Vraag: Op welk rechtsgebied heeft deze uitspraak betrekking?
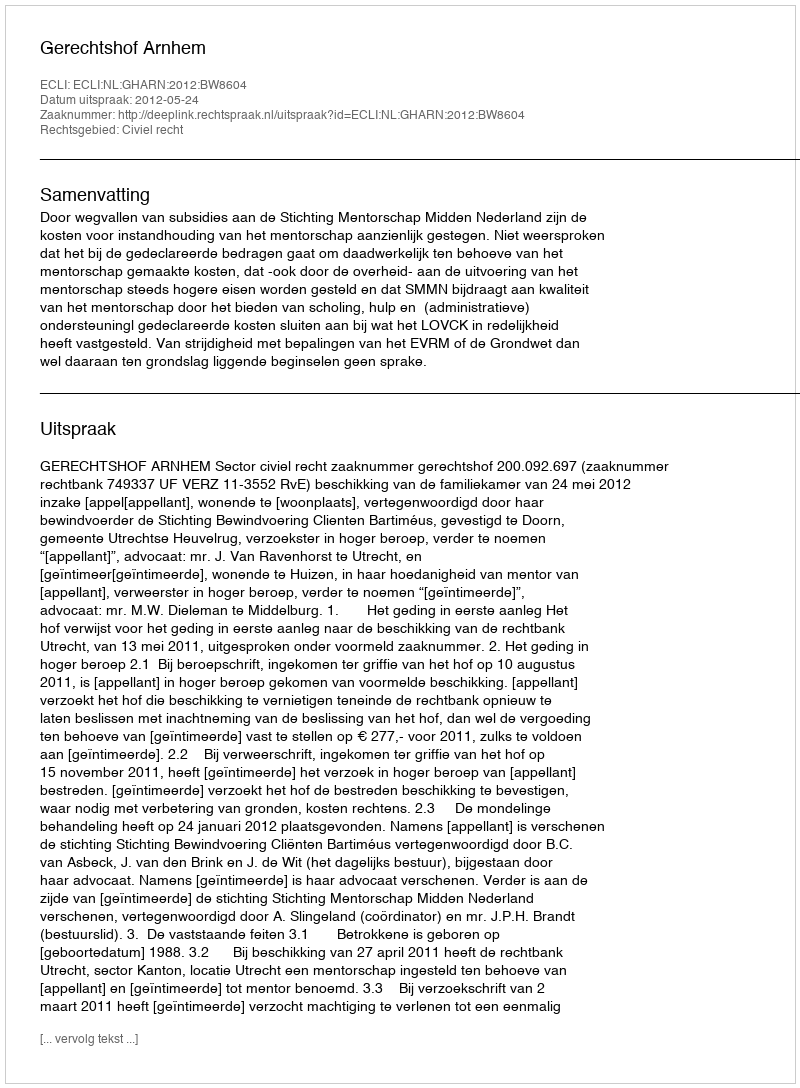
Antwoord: Civiel recht